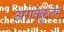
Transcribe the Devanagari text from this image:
अराक्कुलम